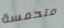
متحمسة